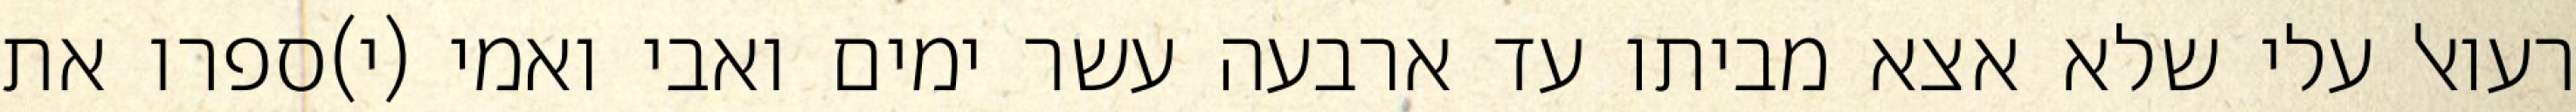
רעואל עלי שלא אצא מביתו עד ארבעה עשר ימים ואבי ואמי (י)ספרו את